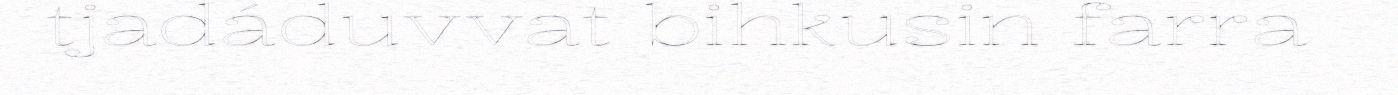
tjadáduvvat bihkusin farra